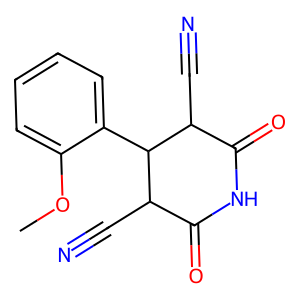
SMILES: COc1ccccc1C1C(C#N)C(=O)NC(=O)C1C#N
Inhibits HIV replication: No